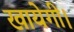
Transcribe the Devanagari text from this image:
खायेगी।